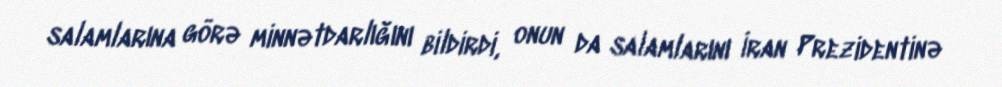
salamlarına görə minnətdarlığını bildirdi, onun da salamlarını İran Prezidentinə